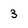
Character: 3